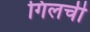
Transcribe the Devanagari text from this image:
गिलची